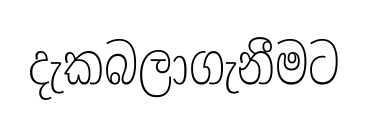
දැකබලාගැනීමට